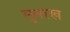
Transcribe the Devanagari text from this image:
सुनरख